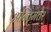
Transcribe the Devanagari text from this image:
अन्तिमत्तेर